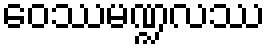
ဝေဿမဏ္ဍလဿ